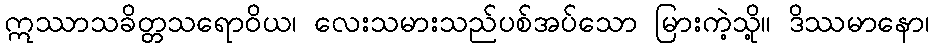
ဣဿာသခိတ္တသရောဝိယ၊ လေးသမားသည်ပစ်အပ်သော မြားကဲ့သို့။ ဒိဿမာနော၊